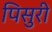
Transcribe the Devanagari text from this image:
पिसुरी